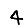
Digit: 4